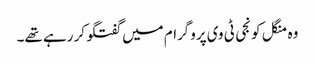
وہ منگل کو نجی ٹی وی پروگرام میں گفتگو کر رہے تھے۔